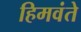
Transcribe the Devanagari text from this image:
हिमवंते